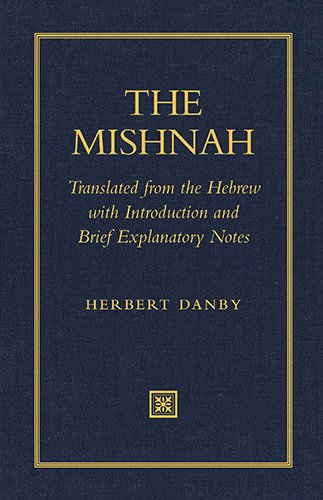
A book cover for The Mishnah: Translated from the Hebrew with Introduction and Brief Explanatory Notes; Herbert Danby; Religion & Spirituality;